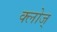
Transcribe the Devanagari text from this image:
क्लोज्